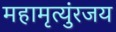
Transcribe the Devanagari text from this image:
महामृत्युंरजय